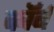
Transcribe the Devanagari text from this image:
कॉर्ब